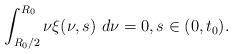
LaTeX: \begin{align*} \int_{R_{0}/2}^{R_{0}}\nu\xi(\nu,s)\ d\nu=0,s\in(0, t_{0}). \end{align*}